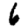
Digit: 6